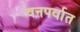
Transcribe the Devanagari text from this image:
वनपर्वात